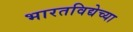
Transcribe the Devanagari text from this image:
भारतविद्येच्या